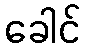
ခေါင်